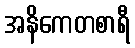
အနိကေတစာရီ